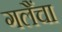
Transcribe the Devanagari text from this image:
गलैंचा